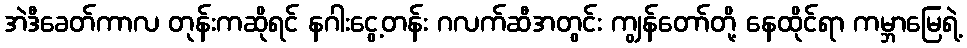
အဲဒီခေတ်ကာလ တုန်းကဆိုရင် နဂါးငွေ့တန်း ဂလက်ဆီအတွင်း ကျွန်တော်တို့ နေထိုင်ရာ ကမ္ဘာမြေရဲ့